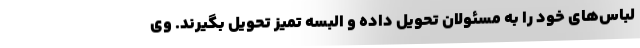
لباس‌های خود را به مسئولان تحویل داده و البسه تمیز تحویل بگیرند. وی